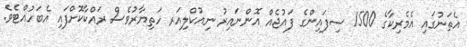
އެތަނުގައި އެމެރިކާގެ 1500 ސިފައިންގެ ފައުޖެއް އޮންނައިރު ނިއުކްލިއަރ ހަތިޔާރުވެސް ރައްކާކޮށްފައި އެބަހުއްޓެވެ.